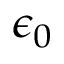
\epsilon _ { 0 }